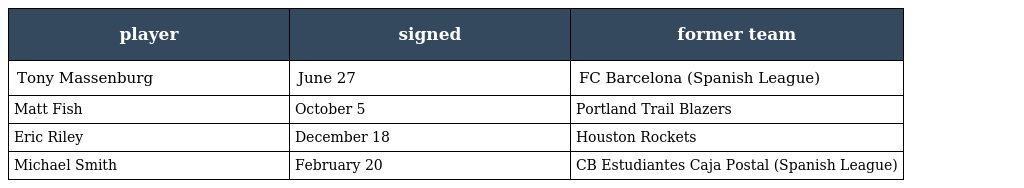
| player | signed | former team |
 | --- | --- | --- |
 | Tony Massenburg | June 27 | FC Barcelona (Spanish League) |
 | Matt Fish | October 5 | Portland Trail Blazers |
 | Eric Riley | December 18 | Houston Rockets |
 | Michael Smith | February 20 | CB Estudiantes Caja Postal (Spanish League) |